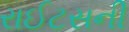
રાઈટસની